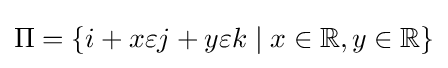
{\textstyle \Pi =\{i+x\varepsilon j+y\varepsilon k\mid x\in \mathbb {R} ,y\in \mathbb {R} \}}